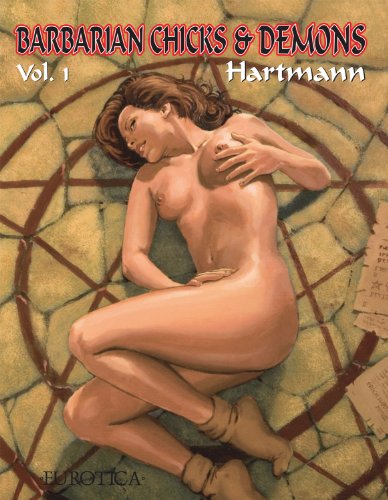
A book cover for Barbarian Chicks & Demons Vol. 1 (v. 1); Hartmann; Comics & Graphic Novels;